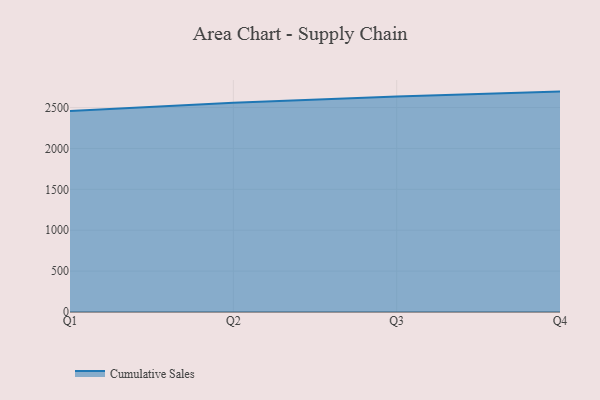
{"axis": {"x": "Quarter", "y": "Backlog"}, "legend": ["Cumulative Sales"], "data": [{"x": "Q1", "y": 2456.6, "type": "Cumulative Sales"}, {"x": "Q2", "y": 2559.8, "type": "Cumulative Sales"}, {"x": "Q3", "y": 2633.6, "type": "Cumulative Sales"}, {"x": "Q4", "y": 2694.9, "type": "Cumulative Sales"}]}